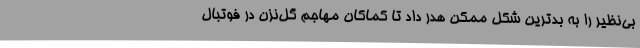
بی‌نظیر را به بدترین شکل ممکن هدر داد تا کماکان مهاجم گل‌نزن در فوتبال